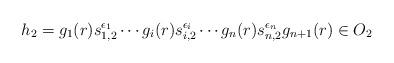
LaTeX: \begin{align*}h_2=g_1(r)s_{1,2}^{\epsilon_1}\cdots g_i(r)s_{i,2}^{\epsilon_i}\cdots g_n(r)s_{n,2}^{\epsilon_n}g_{n+1}(r)\in O_2\end{align*}